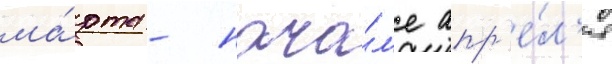
ма́рта - нача́л'е апр'е́л'я